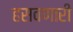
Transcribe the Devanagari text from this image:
हसवणारी